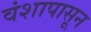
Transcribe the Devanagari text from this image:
वंशापासून